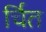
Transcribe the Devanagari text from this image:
र्चित